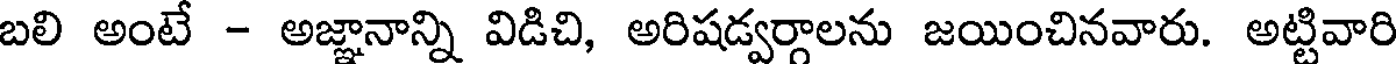
బలి అంటే - అజ్ఞానాన్ని విడిచి, అరిషడ్వర్గాలను జయించినవారు. అట్టివారి